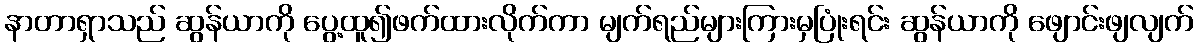
နာတာရှာသည် ဆွန်ယာကို ပွေ့ထူ၍ဖက်ထားလိုက်ကာ မျက်ရည်များကြားမှပြုံးရင်း ဆွန်ယာကို ဖျောင်းဖျလျက်